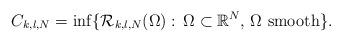
LaTeX: \begin{align*}C_{k,l,N} = \inf \{ {\mathcal R}_{k,l,N} (\Omega ):\, \Omega \subset \mathbb{R} ^N, \, \Omega \mbox{ smooth} \} .\end{align*}